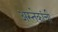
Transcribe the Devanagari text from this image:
अस्तेकांची